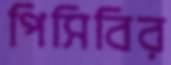
পিসিবির